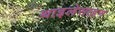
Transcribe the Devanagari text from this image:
थाइलेसाइन